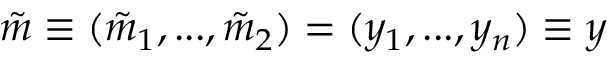
\tilde { m } \equiv ( \tilde { m } _ { 1 } , . . . , \tilde { m } _ { 2 } ) = ( y _ { 1 } , . . . , y _ { n } ) \equiv y